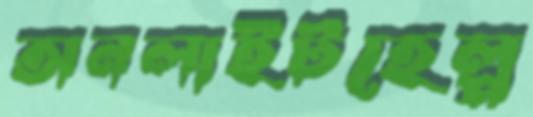
অনলাইটহেল্প